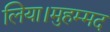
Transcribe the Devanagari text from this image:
लिया।मुहम्मद